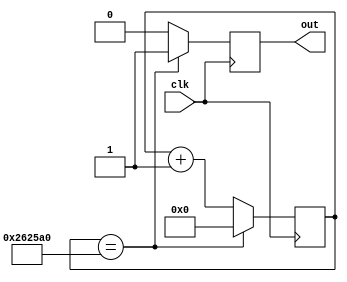
module behav_counter(clk, out);

input   clk;
output out;

reg  [25:0] cnt;
reg out;

always @ (posedge clk)
begin
    cnt <= cnt + 1;
	 out <= 1'b0;
	 if (cnt == 2500000)
	 //if (cnt == 5)
	 begin
		 cnt <= 0;
		 out <= 1'b1;
	 end
end 

endmodule